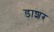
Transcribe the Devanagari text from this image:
डाशर